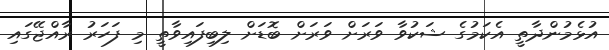
އުޅެމުންދާތީ އެކަމުގެ ޝަކުވާ ވަރަށް ވަރަށް ބޮޑަށް ލިބިފައިވާތީ މި ފަހަރު ރާއްޖޭގައި